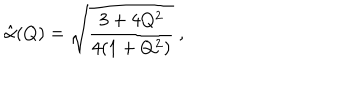
\hat { \alpha } ( Q ) = \sqrt { { \frac { 3 + 4 Q ^ { 2 } } { 4 ( 1 + Q ^ { 2 } ) } } } \ ,